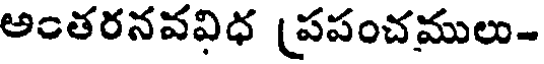
అంతరనవవిధ (పపంచములు-